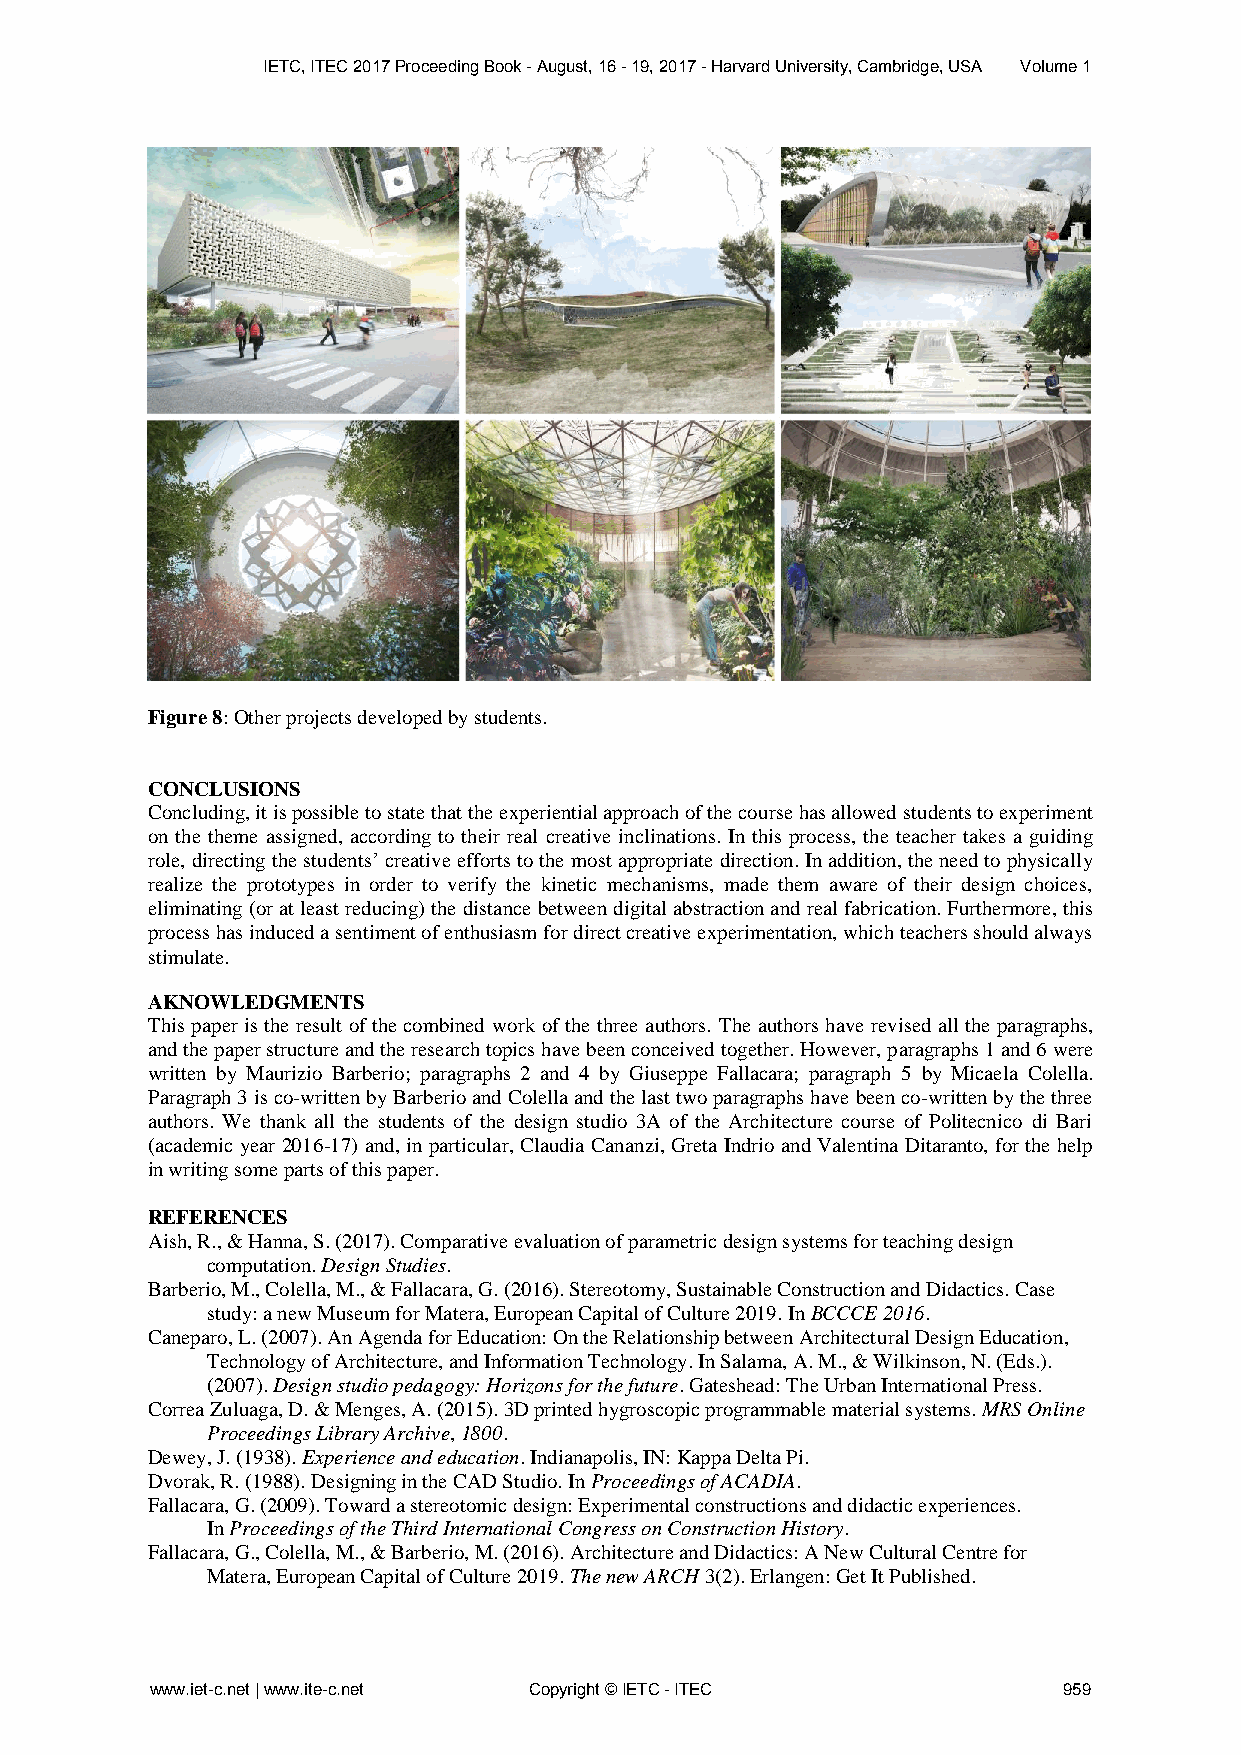
IETC, ITEC 2017 Proceeding Book - August, 16 - 19, 2017 - Harvard University, Cambridge, USA Volume 1
 Figure 8: Other projects developed by students.
 CONCLUSIONS
 Concluding, it is possible to state that the experiential approach of the course has allowed students to experiment
 on the theme assigned, according to their real creative inclinations. In this process, the teacher takes a guiding
 role, directing the students’ creative efforts to the most appropriate direction. In addition, the need to physically
 realize the prototypes in order to verify the kinetic mechanisms, made them aware of their design choices,
 eliminating (or at least reducing) the distance between digital abstraction and real fabrication. Furthermore, this
 process has induced a sentiment of enthusiasm for direct creative experimentation, which teachers should always
 stimulate.
 AKNOWLEDGMENTS
 This paper is the result of the combined work of the three authors. The authors have revised all the paragraphs,
 and the paper structure and the research topics have been conceived together. However, paragraphs 1 and 6 were
 written by Maurizio Barberio; paragraphs 2 and 4 by Giuseppe Fallacara; paragraph 5 by Micaela Colella.
 Paragraph 3 is co-written by Barberio and Colella and the last two paragraphs have been co-written by the three
 authors. We thank all the students of the design studio 3A of the Architecture course of Politecnico di Bari
 (academic year 2016-17) and, in particular, Claudia Cananzi, Greta Indrio and Valentina Ditaranto, for the help
 in writing some parts of this paper.
 REFERENCES
 Aish, R., & Hanna, S. (2017). Comparative evaluation of parametric design systems for teaching design
 computation. Design Studies.
 Barberio, M., Colella, M., & Fallacara, G. (2016). Stereotomy, Sustainable Construction and Didactics. Case
 study: a new Museum for Matera, European Capital of Culture 2019. In BCCCE 2016.
 Caneparo, L. (2007). An Agenda for Education: On the Relationship between Architectural Design Education,
 Technology of Architecture, and Information Technology. In Salama, A. M., & Wilkinson, N. (Eds.).
 (2007). Design studio pedagogy: Horizons for the future. Gateshead: The Urban International Press.
 Correa Zuluaga, D. & Menges, A. (2015). 3D printed hygroscopic programmable material systems. MRS Online
 Proceedings Library Archive, 1800.
 Dewey, J. (1938). Experience and education. Indianapolis, IN: Kappa Delta Pi.
 Dvorak, R. (1988). Designing in the CAD Studio. In Proceedings of ACADIA.
 Fallacara, G. (2009). Toward a stereotomic design: Experimental constructions and didactic experiences.
 In Proceedings of the Third International Congress on Construction History.
 Fallacara, G., Colella, M., & Barberio, M. (2016). Architecture and Didactics: A New Cultural Centre for
 Matera, European Capital of Culture 2019. The new ARCH 3(2). Erlangen: Get It Published.
 www.iet-c.net | www.ite-c.net Copyright © IETC - ITEC       959